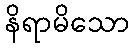
နိရာမိသော